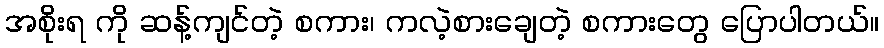
အစိုးရ ကို ဆန့်ကျင်တဲ့ စကား၊ ကလဲ့စားချေတဲ့ စကားတွေ ပြောပါတယ်။